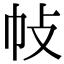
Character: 𢁵